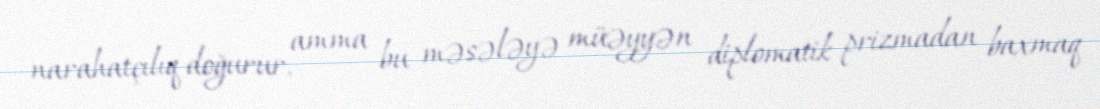
narahatçılıq doğurur, amma bu məsələyə müəyyən diplomatik prizmadan baxmaq